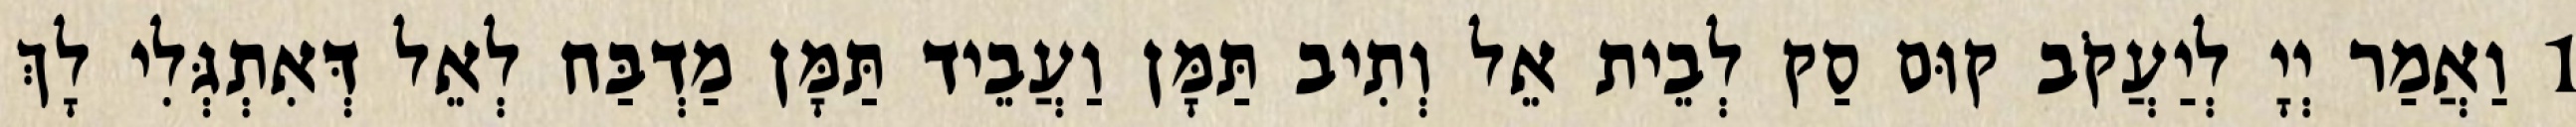
1 וַאֲמַר יְיָ לְיַעֲקֹב קוּם סַק לְבֵית אֵל וְתִיב תַּמָּן וַעֲבֵיד תַּמָּן מַדְבַּח לְאֵל דְּאִתְגְּלִי לָךְ